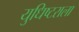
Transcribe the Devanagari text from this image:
युधिष्टराला